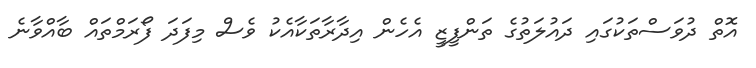
އޮތް ދުވަސްތަކުގައި ދައުލަތުގެ ތަންފީޒީ އެހެން އިދާރާތަކާއެކު ވެސް މިފަދަ ފޯރަމްތައް ބާއްވާނެ